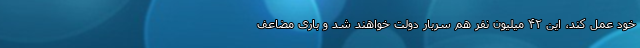
خود عمل کند، این ۴۲ میلیون نفر هم سربار دولت خواهند شد و باری مضاعف